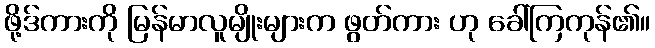
ဖို့ဒ်ကားကို မြန်မာလူမျိုးများက ဖွတ်ကား ဟု ခေါ်ကြကုန်၏။